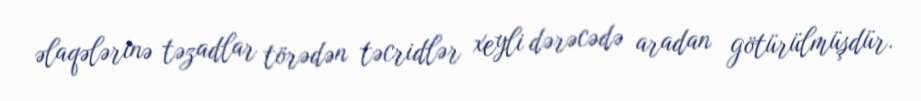
əlaqələrinə təzadlar törədən təcridlər xeyli dərəcədə aradan götürülmüşdür.